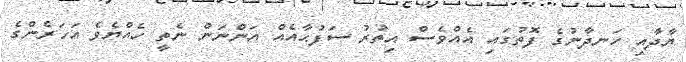
ޔާދާއި ހަނދާނުގެ ފޮތުގައި އެއްވެސް އިތުރު ސަފުޙާއެއް އަންނަން ނެތީ ހެއްޔެވެ އަހަރެންގެ